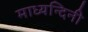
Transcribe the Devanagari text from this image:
माध्यन्दिनी